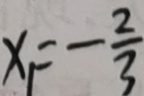
x _ { 1 } = - \frac { 2 } { 3 }